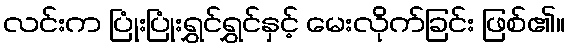
လင်းက ပြုံးပြုံးရွှင်ရွှင်နှင့် မေးလိုက်ခြင်း ဖြစ်၏။